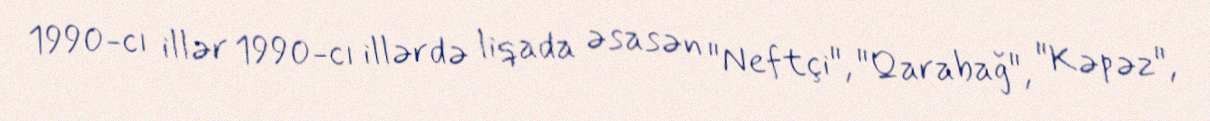
1990-cı illər 1990-cı illərdə liqada əsasən "Neftçi", "Qarabağ", "Kəpəz",